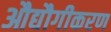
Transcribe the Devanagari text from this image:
औद्यौगीकरण